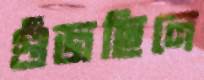
গুঁজছিলে